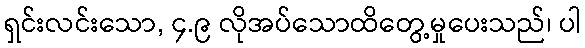
ရှင်းလင်းသော, ၄.၉ လိုအပ်သောထိတွေ့မှုပေးသည်၊ ပါ